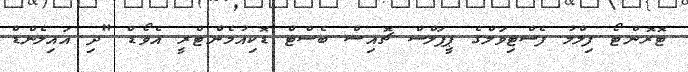
ޓޮރޮންޓޯ ފިލްމު ފެސްޓިވަލްގެ ޕީޕަލްސް ޗޮއިސް ބެސްޓް ޑޮކިއުމެންޓްރީ އެވޯޑް "ދި އައިލެންޑް